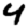
Digit: 4